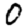
Digit: 0